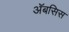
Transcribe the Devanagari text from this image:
अॅबसिस